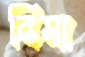
বিসা